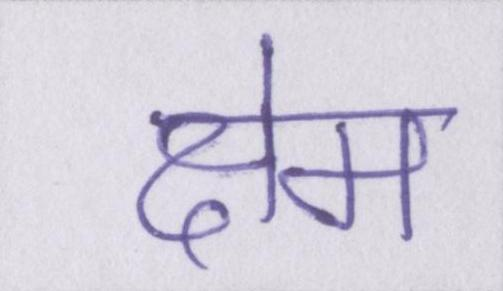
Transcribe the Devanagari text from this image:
क्षेम